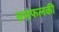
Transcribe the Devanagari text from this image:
समफलकी